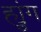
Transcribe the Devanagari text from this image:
ह्युंग